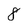
Character: 8